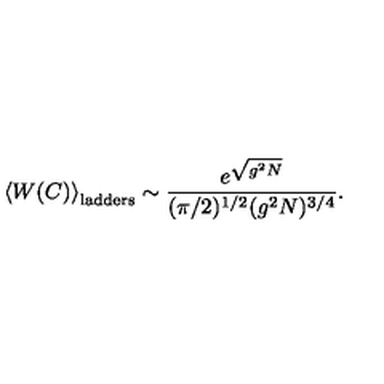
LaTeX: \left< W ( C ) \right> _ { \mathrm { l a d d e r s } } \sim \frac { e ^ { \sqrt { g ^ { 2 } N } } } { ( \pi / 2 ) ^ { 1 / 2 } ( g ^ { 2 } N ) ^ { 3 / 4 } } .